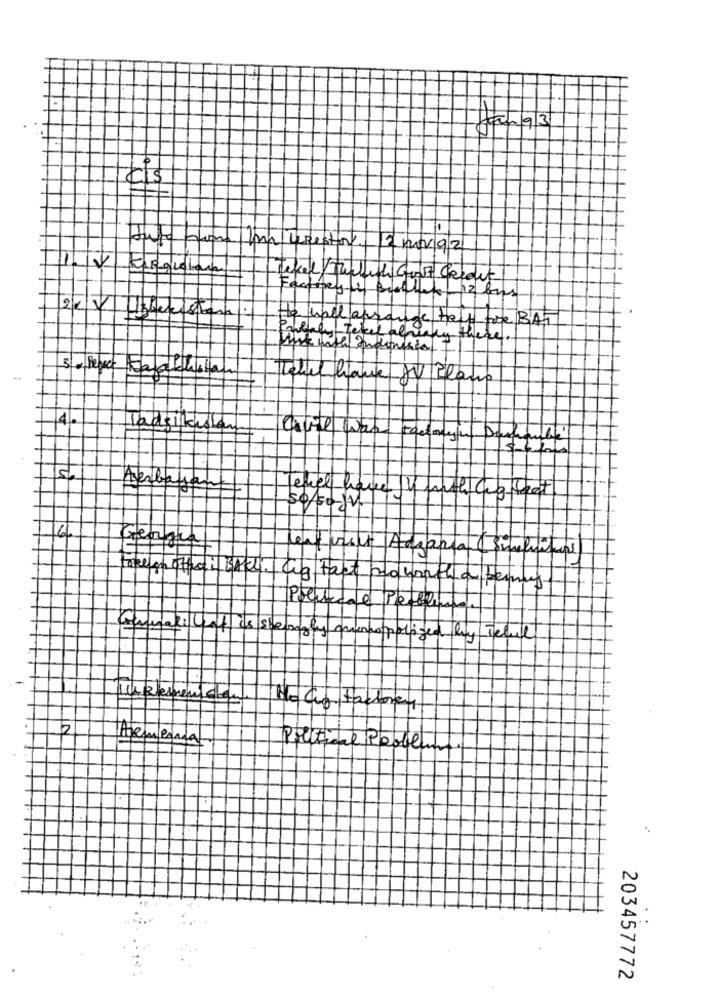
kis
murestr.
Entvqz
1. 2
Tekel/ Twith Gov Credit
Factreste bio
thep_ 12 km
Ubberista
He hall aproye thy toe BAT
Polacy- Tekel alwary +
ay there.
it hotel Indonesian
level have Ju Plans
4.
Tadjikistan
enel have
Acabagare-
JA
takeon other i BACK. Cug ta
Peter
cumalilleet is she
opp
Ihremenschen
He Cuy factoren
IN
Armenia
Pillière Paden
203457772